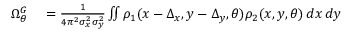
\begin{array} { r l } { \Omega _ { \theta } ^ { G } } & { { } = \frac { 1 } { 4 \pi ^ { 2 } \sigma _ { x } ^ { 2 } \sigma _ { y } ^ { 2 } } \iint \rho _ { 1 } ( x - \Delta _ { x } , y - \Delta _ { y } , \theta ) \rho _ { 2 } ( x , y , \theta ) \, d x \, d y } \end{array}